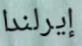
إيرلندا